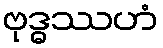
ဗုဒ္ဓဿဟံ